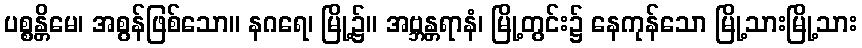
ပစ္စန္တိမေ၊ အစွန်ဖြစ်သော။ နဂရေ၊ မြို့၌။ အဗ္ဘန္တရာနံ၊ မြို့တွင်း၌ နေကုန်သော မြို့သားမြို့သား